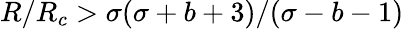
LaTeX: R/R_{c}>\sigma(\sigma+b+3)/(\sigma-b-1)